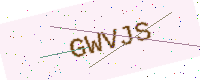
Text: GWVJS